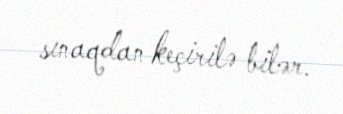
sınaqdan keçirilə bilər.